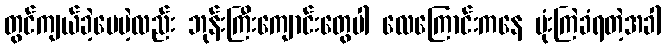
တွင်ကျယ်ခဲ့ပေမဲ့လည်း ဘုန်းကြီးကျောင်းတွေပါ လေကြောင်းကနေ ဗုံးကြဲခံရတဲ့အခါ